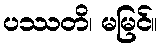
ပဿတိ၊ မမြင်။